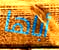
أباها